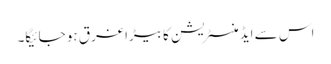
اس سے ایڈمنسٹریشن کا بیڑا غرق ہو جائیگا۔